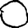
Digit: 0